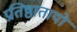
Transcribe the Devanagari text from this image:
प्रतिष्ठातायों